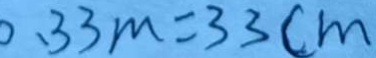
0 . 3 3 m = 3 3 c m